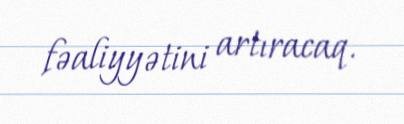
fəaliyyətini artıracaq.